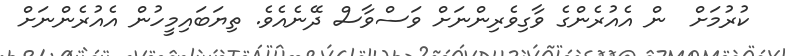
ކުރުމަށް  ން އެއުރެންގެ ވާގިވެރިންނަށް ވަސްވާސް ދޭނެއެވެ. ތިޔަބައިމީހުން އެއުރެންނަށް